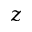
z